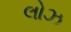
લોઝ